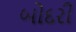
બોદરી